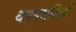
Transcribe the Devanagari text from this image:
थम्बस्टिकें